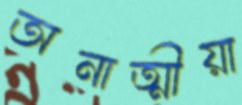
অনাত্মীয়া